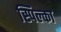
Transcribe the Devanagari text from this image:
स्पिल्का